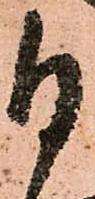
自